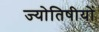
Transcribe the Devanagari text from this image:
ज्योतिषीयों